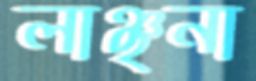
লাঞ্ছনা